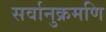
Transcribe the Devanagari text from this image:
सर्वानुक्रमणि